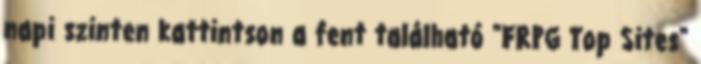
napi szinten kattintson a fent található "FRPG Top Sites"